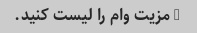
3 مزیت وام را لیست کنید.